Lunatic asylums Madras 1877-1891 - 1877-1891
Year: 1877
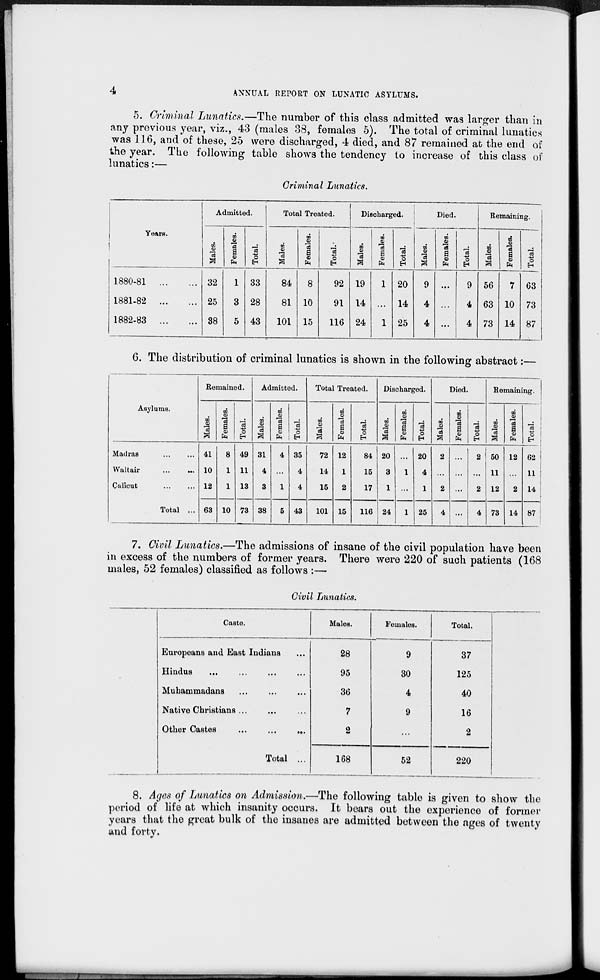
4
ANNUAL REPORT ON LUNATIC ASYLUMS.
5. Criminal Lunatics.—The number of this class admitted was larger than in
any previous year, viz., 43 (males 38, females 5). The total of criminal lunatics
was 116, and of these, 25 were discharged, 4 died, and 87 remained at the end of
the year. The following table shows the tendency to increase of this class of
lunatics:—
Criminal Lunatics.
Years.
1880-81
...
...
1881-82
...
...
1882-83
...
...
Admitted.
Males.
32
25
88
Females.
1
3
5
Total.
33
28
43
Total Treated.
Males.
84
81
101
Females.
8
10
15
Total.
92
91
116
Discharged.
Males.
19
14
24
Females.
1
...
1
Total.
20
14
25
Males.
9
4
4
Died.
Females.
...
...
...
Total.
9
4
4
Remaining.
Males.
56
63
73
Females.
7
10
14
Total.
63
73
87
6. The distribution of criminal lunatics is shown in the following abstract:—
Asylums.
Madras
...
...
Waltair ... ...
Calicut ... ...
Total ...
Remained.
Males.
41
10
12
63
Females.
8
1
1
10
Total.
49
11
13
73
Admitted.
Males.
31
4
3
38
Females.
4
...
1
5
Total.
35
4
4
43
Total Treated.
Males.
72
14
15
101
Females.
12
1
2
15
Total.
84
15
17
116
Discharged.
Males.
20
3
1
24
Females.
...
1
...
1
Total.
20
4
1
25
Died.
Males.
2
...
2
4
Females.
...
...
...
...
Total.
2
...
2
4
Remaining.
Males.
50
11
12
73
Females.
12
...
2
14
Total.
62
11
14
87
7. Civil Lunatics.—The admissions of insane of the civil population have been
in excess of the numbers of former years. There were 220 of such patients (168
males, 52 females) classified as follows :—
Civil Lunatics.
Caste.
Europeans and East Indians ...
Hindus ... ... ... ...
Mubammadans ... ... ...
Native Christians ... ... ...
Other Castes
...
...
...
Total ...
Males.
28
95
36
7
2
168
Females.
9
30
4
9
...
52
Total.
37
125
40
16
2
220
8. Ages of Lunatics on Admission.—The following table is given to show the
period of life at which insanity occurs. It bears out the experience of former
years that the great bulk of the insanes are admitted between the ages of twenty
and forty.